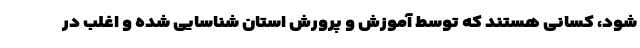
شود، کسانی هستند که توسط آموزش و پرورش استان شناسایی شده و اغلب در